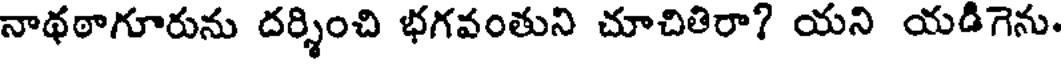
నాథఠాగూరును దర్శించి భగవంతుని చూచితిరా? యని యడిగెను